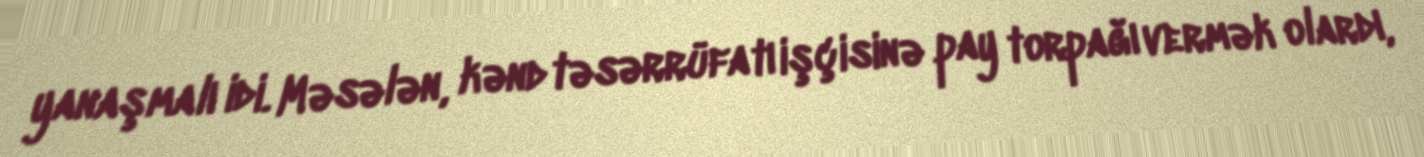
yanaşmalı idi. Məsələn, kənd təsərrüfatı işçisinə pay torpağı vermək olardı,